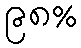
၉၈%